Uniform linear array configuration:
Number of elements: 12
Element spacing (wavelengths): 0.25
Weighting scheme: uniform
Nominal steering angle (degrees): -30
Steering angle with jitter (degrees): -30.824
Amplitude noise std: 0.05
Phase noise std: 0.05

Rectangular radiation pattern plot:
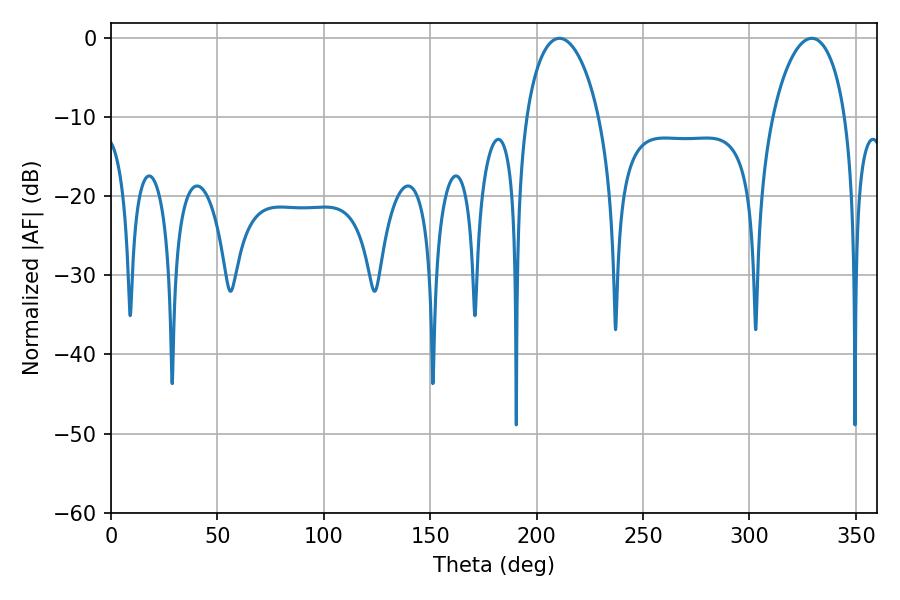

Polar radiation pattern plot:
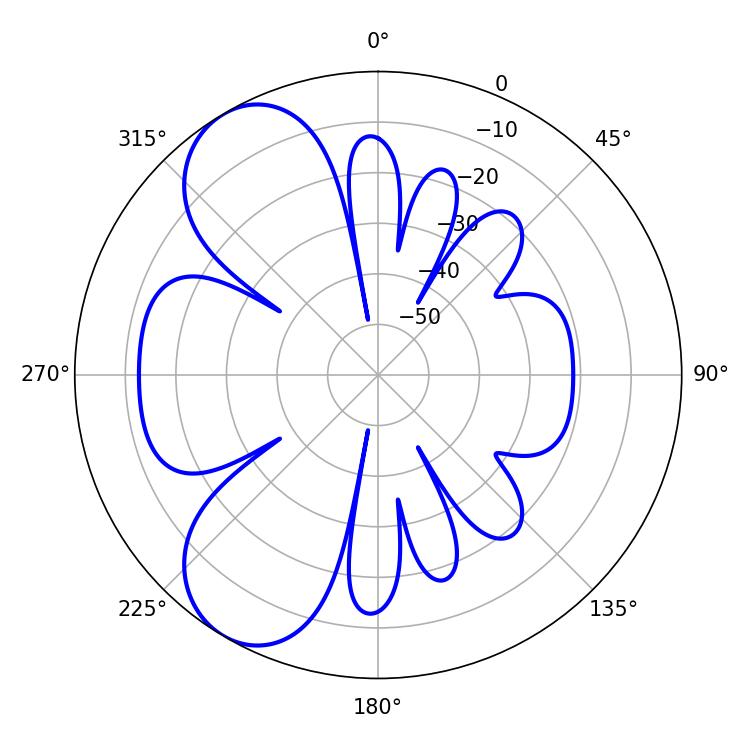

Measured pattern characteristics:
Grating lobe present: FALSE
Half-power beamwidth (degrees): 19.62
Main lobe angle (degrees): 210.78